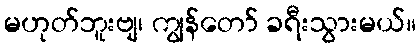
မဟုတ်ဘူးဗျ၊ ကျွန်တော် ခရီးသွားမယ်။